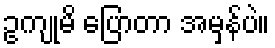
ဥကျုမိ ပြောတာ အမှန်ပဲ။